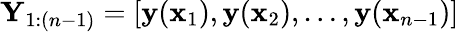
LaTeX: \mathbf Y_{1:(n-1)}=[\mathbf{y}(\mathbf x_{1}),\mathbf{y}(\mathbf x_{2}),\dots,\mathbf{y}(\mathbf x_{n-1})]